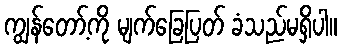
ကျွန်တော့်ကို မျက်ခြေပြတ် ခံသည်မရှိပါ။